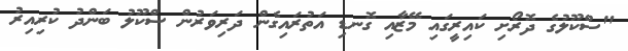
"ސްކޫލުގެ ދޮރޯށި ކައިރީގައި މޭޒާއި ގޮނޑި އަތުރައިގެން ދަރިވަރުން ސްކޫލު ބަންދު ކުރިއިރު